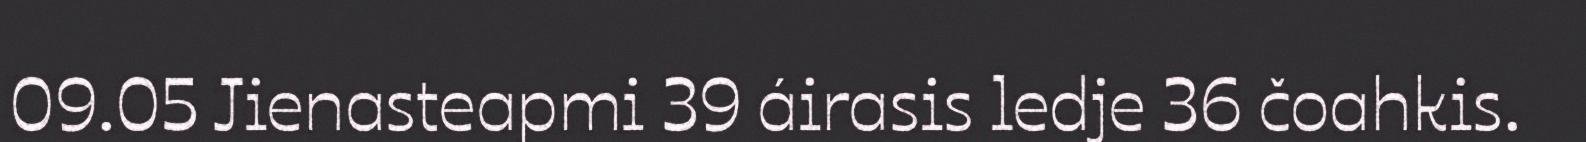
09.05 Jienasteapmi 39 áirasis ledje 36 čoahkis.